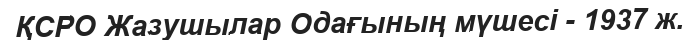
ҚСРО Жазушылар Одағының мүшесі - 1937 ж.